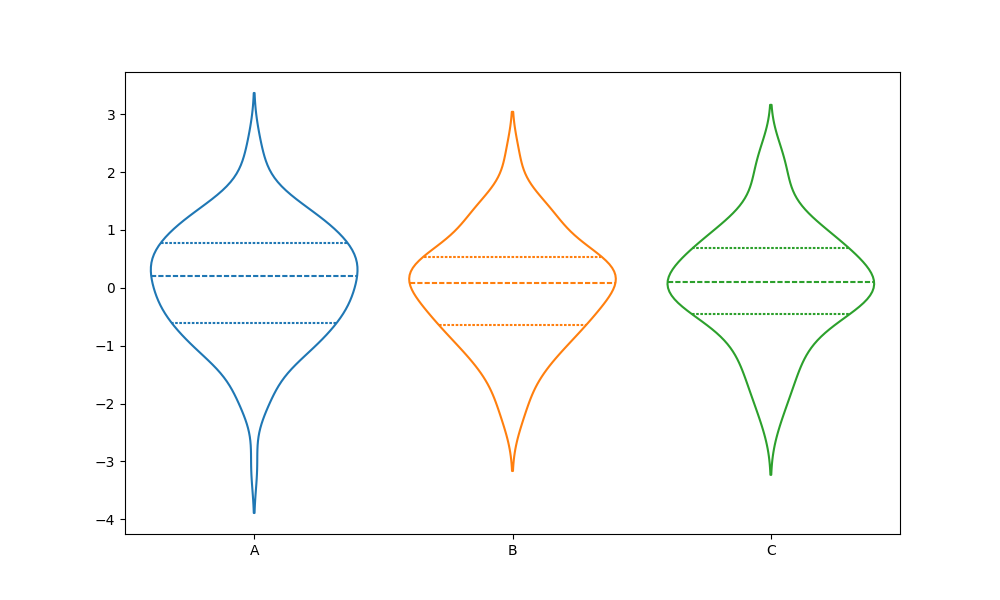
python, seaborn, violinplot, scale='count', split='False', inner='quart', fill='False'